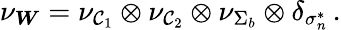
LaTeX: \nu_{\boldsymbol{W}}=\nu_{\mathcal{C}_{1}}\otimes\nu_{\mathcal{C}_{2}}\otimes\nu_{\Sigma_{b}}\otimes\delta_{\sigma_{n}^{*}}\, .